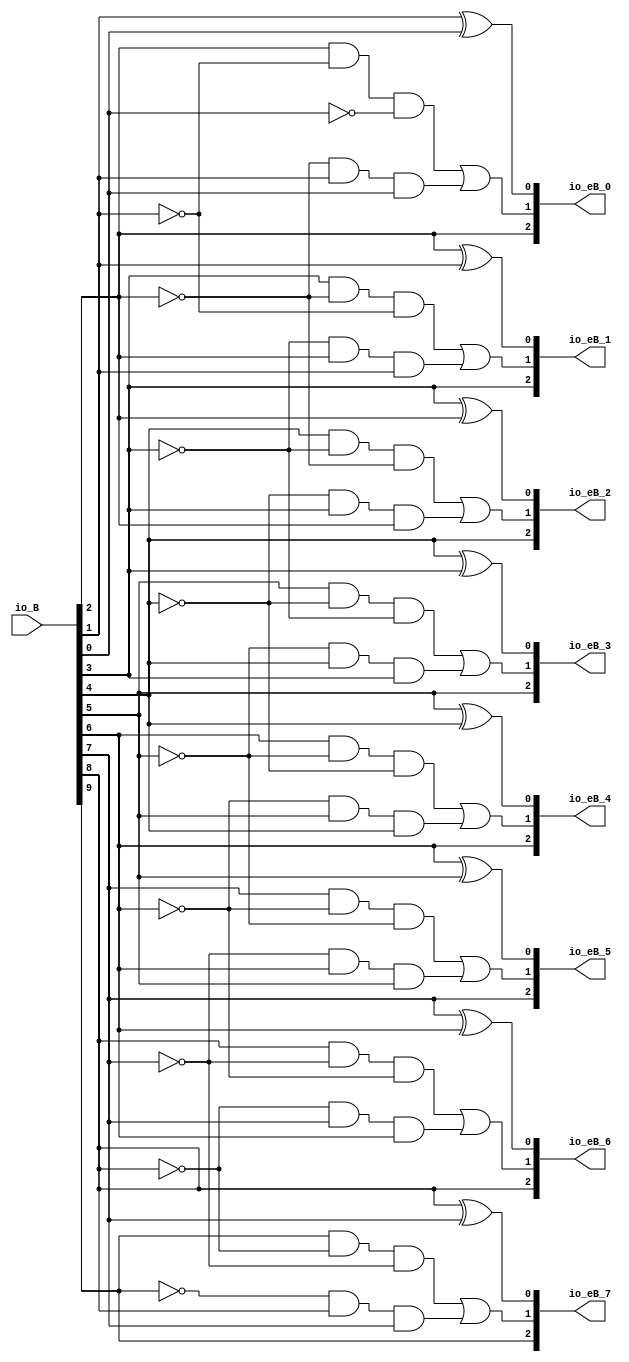
module BoothEncoder_radix4( // @[:@3.2]
  output [2:0]  io_eB_0, // @[:@6.4]
  output [2:0]  io_eB_1, // @[:@6.4]
  output [2:0]  io_eB_2, // @[:@6.4]
  output [2:0]  io_eB_3, // @[:@6.4]
  output [2:0]  io_eB_4, // @[:@6.4]
  output [2:0]  io_eB_5, // @[:@6.4]
  output [2:0]  io_eB_6, // @[:@6.4]
  output [2:0]  io_eB_7, // @[:@6.4]
  input  [15:0] io_B // @[:@6.4]
);
  wire  _T_33; // @[RA_Mul.scala 35:28:@8.4]
  wire  _T_34; // @[RA_Mul.scala 35:28:@9.4]
  wire  _T_35; // @[RA_Mul.scala 35:28:@10.4]
  wire  _T_36; // @[RA_Mul.scala 35:28:@11.4]
  wire  _T_37; // @[RA_Mul.scala 35:28:@12.4]
  wire  _T_38; // @[RA_Mul.scala 35:28:@13.4]
  wire  _T_39; // @[RA_Mul.scala 35:28:@14.4]
  wire  _T_40; // @[RA_Mul.scala 35:28:@15.4]
  wire  _T_41; // @[RA_Mul.scala 35:28:@16.4]
  wire  _T_42; // @[RA_Mul.scala 35:28:@17.4]
  wire  _T_43; // @[RA_Mul.scala 35:28:@18.4]
  wire  _T_44; // @[RA_Mul.scala 35:28:@19.4]
  wire  _T_45; // @[RA_Mul.scala 35:28:@20.4]
  wire  _T_46; // @[RA_Mul.scala 35:28:@21.4]
  wire  _T_47; // @[RA_Mul.scala 35:28:@22.4]
  wire  _T_48; // @[RA_Mul.scala 35:28:@23.4]
  wire [1:0] _T_74; // @[RA_Mul.scala 35:51:@42.4]
  wire [1:0] _T_75; // @[RA_Mul.scala 35:51:@43.4]
  wire [3:0] _T_76; // @[RA_Mul.scala 35:51:@44.4]
  wire [1:0] _T_77; // @[RA_Mul.scala 35:51:@45.4]
  wire [1:0] _T_78; // @[RA_Mul.scala 35:51:@46.4]
  wire [3:0] _T_79; // @[RA_Mul.scala 35:51:@47.4]
  wire [7:0] _T_80; // @[RA_Mul.scala 35:51:@48.4]
  wire [1:0] _T_81; // @[RA_Mul.scala 35:51:@49.4]
  wire [1:0] _T_82; // @[RA_Mul.scala 35:51:@50.4]
  wire [3:0] _T_83; // @[RA_Mul.scala 35:51:@51.4]
  wire [1:0] _T_84; // @[RA_Mul.scala 35:51:@52.4]
  wire [1:0] _T_85; // @[RA_Mul.scala 35:51:@53.4]
  wire [2:0] _T_86; // @[RA_Mul.scala 35:51:@54.4]
  wire [4:0] _T_87; // @[RA_Mul.scala 35:51:@55.4]
  wire [8:0] _T_88; // @[RA_Mul.scala 35:51:@56.4]
  wire [16:0] B_ext; // @[RA_Mul.scala 35:51:@57.4]
  wire  _T_98; // @[RA_Mul.scala 39:24:@59.4]
  wire  _T_99; // @[RA_Mul.scala 39:37:@60.4]
  wire  _T_100; // @[RA_Mul.scala 39:30:@61.4]
  wire  _T_101; // @[RA_Mul.scala 40:25:@63.4]
  wire  _T_103; // @[RA_Mul.scala 40:36:@65.4]
  wire  _T_104; // @[RA_Mul.scala 40:33:@66.4]
  wire  _T_106; // @[RA_Mul.scala 40:54:@68.4]
  wire  _T_107; // @[RA_Mul.scala 40:51:@69.4]
  wire  _T_109; // @[RA_Mul.scala 40:70:@71.4]
  wire  _T_111; // @[RA_Mul.scala 40:85:@73.4]
  wire  _T_113; // @[RA_Mul.scala 40:100:@75.4]
  wire  _T_114; // @[RA_Mul.scala 40:66:@76.4]
  wire [1:0] _T_116; // @[RA_Mul.scala 42:25:@80.4]
  wire  _T_129; // @[RA_Mul.scala 39:30:@86.4]
  wire  _T_130; // @[RA_Mul.scala 40:25:@88.4]
  wire  _T_133; // @[RA_Mul.scala 40:33:@91.4]
  wire  _T_136; // @[RA_Mul.scala 40:51:@94.4]
  wire  _T_138; // @[RA_Mul.scala 40:70:@96.4]
  wire  _T_140; // @[RA_Mul.scala 40:85:@98.4]
  wire  _T_142; // @[RA_Mul.scala 40:100:@100.4]
  wire  _T_143; // @[RA_Mul.scala 40:66:@101.4]
  wire [1:0] _T_145; // @[RA_Mul.scala 42:25:@105.4]
  wire  _T_158; // @[RA_Mul.scala 39:30:@111.4]
  wire  _T_159; // @[RA_Mul.scala 40:25:@113.4]
  wire  _T_162; // @[RA_Mul.scala 40:33:@116.4]
  wire  _T_165; // @[RA_Mul.scala 40:51:@119.4]
  wire  _T_167; // @[RA_Mul.scala 40:70:@121.4]
  wire  _T_169; // @[RA_Mul.scala 40:85:@123.4]
  wire  _T_171; // @[RA_Mul.scala 40:100:@125.4]
  wire  _T_172; // @[RA_Mul.scala 40:66:@126.4]
  wire [1:0] _T_174; // @[RA_Mul.scala 42:25:@130.4]
  wire  _T_187; // @[RA_Mul.scala 39:30:@136.4]
  wire  _T_188; // @[RA_Mul.scala 40:25:@138.4]
  wire  _T_191; // @[RA_Mul.scala 40:33:@141.4]
  wire  _T_194; // @[RA_Mul.scala 40:51:@144.4]
  wire  _T_196; // @[RA_Mul.scala 40:70:@146.4]
  wire  _T_198; // @[RA_Mul.scala 40:85:@148.4]
  wire  _T_200; // @[RA_Mul.scala 40:100:@150.4]
  wire  _T_201; // @[RA_Mul.scala 40:66:@151.4]
  wire [1:0] _T_203; // @[RA_Mul.scala 42:25:@155.4]
  wire  _T_216; // @[RA_Mul.scala 39:30:@161.4]
  wire  _T_217; // @[RA_Mul.scala 40:25:@163.4]
  wire  _T_220; // @[RA_Mul.scala 40:33:@166.4]
  wire  _T_223; // @[RA_Mul.scala 40:51:@169.4]
  wire  _T_225; // @[RA_Mul.scala 40:70:@171.4]
  wire  _T_227; // @[RA_Mul.scala 40:85:@173.4]
  wire  _T_229; // @[RA_Mul.scala 40:100:@175.4]
  wire  _T_230; // @[RA_Mul.scala 40:66:@176.4]
  wire [1:0] _T_232; // @[RA_Mul.scala 42:25:@180.4]
  wire  _T_245; // @[RA_Mul.scala 39:30:@186.4]
  wire  _T_246; // @[RA_Mul.scala 40:25:@188.4]
  wire  _T_249; // @[RA_Mul.scala 40:33:@191.4]
  wire  _T_252; // @[RA_Mul.scala 40:51:@194.4]
  wire  _T_254; // @[RA_Mul.scala 40:70:@196.4]
  wire  _T_256; // @[RA_Mul.scala 40:85:@198.4]
  wire  _T_258; // @[RA_Mul.scala 40:100:@200.4]
  wire  _T_259; // @[RA_Mul.scala 40:66:@201.4]
  wire [1:0] _T_261; // @[RA_Mul.scala 42:25:@205.4]
  wire  _T_274; // @[RA_Mul.scala 39:30:@211.4]
  wire  _T_275; // @[RA_Mul.scala 40:25:@213.4]
  wire  _T_278; // @[RA_Mul.scala 40:33:@216.4]
  wire  _T_281; // @[RA_Mul.scala 40:51:@219.4]
  wire  _T_283; // @[RA_Mul.scala 40:70:@221.4]
  wire  _T_285; // @[RA_Mul.scala 40:85:@223.4]
  wire  _T_287; // @[RA_Mul.scala 40:100:@225.4]
  wire  _T_288; // @[RA_Mul.scala 40:66:@226.4]
  wire [1:0] _T_290; // @[RA_Mul.scala 42:25:@230.4]
  wire  _T_303; // @[RA_Mul.scala 39:30:@236.4]
  wire  _T_304; // @[RA_Mul.scala 40:25:@238.4]
  wire  _T_307; // @[RA_Mul.scala 40:33:@241.4]
  wire  _T_310; // @[RA_Mul.scala 40:51:@244.4]
  wire  _T_312; // @[RA_Mul.scala 40:70:@246.4]
  wire  _T_314; // @[RA_Mul.scala 40:85:@248.4]
  wire  _T_316; // @[RA_Mul.scala 40:100:@250.4]
  wire  _T_317; // @[RA_Mul.scala 40:66:@251.4]
  wire [1:0] _T_319; // @[RA_Mul.scala 42:25:@255.4]
  assign _T_33 = io_B[0]; // @[RA_Mul.scala 35:28:@8.4]
  assign _T_34 = io_B[1]; // @[RA_Mul.scala 35:28:@9.4]
  assign _T_35 = io_B[2]; // @[RA_Mul.scala 35:28:@10.4]
  assign _T_36 = io_B[3]; // @[RA_Mul.scala 35:28:@11.4]
  assign _T_37 = io_B[4]; // @[RA_Mul.scala 35:28:@12.4]
  assign _T_38 = io_B[5]; // @[RA_Mul.scala 35:28:@13.4]
  assign _T_39 = io_B[6]; // @[RA_Mul.scala 35:28:@14.4]
  assign _T_40 = io_B[7]; // @[RA_Mul.scala 35:28:@15.4]
  assign _T_41 = io_B[8]; // @[RA_Mul.scala 35:28:@16.4]
  assign _T_42 = io_B[9]; // @[RA_Mul.scala 35:28:@17.4]
  assign _T_43 = io_B[10]; // @[RA_Mul.scala 35:28:@18.4]
  assign _T_44 = io_B[11]; // @[RA_Mul.scala 35:28:@19.4]
  assign _T_45 = io_B[12]; // @[RA_Mul.scala 35:28:@20.4]
  assign _T_46 = io_B[13]; // @[RA_Mul.scala 35:28:@21.4]
  assign _T_47 = io_B[14]; // @[RA_Mul.scala 35:28:@22.4]
  assign _T_48 = io_B[15]; // @[RA_Mul.scala 35:28:@23.4]
  assign _T_74 = {_T_34,_T_33}; // @[RA_Mul.scala 35:51:@42.4]
  assign _T_75 = {_T_36,_T_35}; // @[RA_Mul.scala 35:51:@43.4]
  assign _T_76 = {_T_75,_T_74}; // @[RA_Mul.scala 35:51:@44.4]
  assign _T_77 = {_T_38,_T_37}; // @[RA_Mul.scala 35:51:@45.4]
  assign _T_78 = {_T_40,_T_39}; // @[RA_Mul.scala 35:51:@46.4]
  assign _T_79 = {_T_78,_T_77}; // @[RA_Mul.scala 35:51:@47.4]
  assign _T_80 = {_T_79,_T_76}; // @[RA_Mul.scala 35:51:@48.4]
  assign _T_81 = {_T_42,_T_41}; // @[RA_Mul.scala 35:51:@49.4]
  assign _T_82 = {_T_44,_T_43}; // @[RA_Mul.scala 35:51:@50.4]
  assign _T_83 = {_T_82,_T_81}; // @[RA_Mul.scala 35:51:@51.4]
  assign _T_84 = {_T_46,_T_45}; // @[RA_Mul.scala 35:51:@52.4]
  assign _T_85 = {1'h0,_T_48}; // @[RA_Mul.scala 35:51:@53.4]
  assign _T_86 = {_T_85,_T_47}; // @[RA_Mul.scala 35:51:@54.4]
  assign _T_87 = {_T_86,_T_84}; // @[RA_Mul.scala 35:51:@55.4]
  assign _T_88 = {_T_87,_T_83}; // @[RA_Mul.scala 35:51:@56.4]
  assign B_ext = {_T_88,_T_80}; // @[RA_Mul.scala 35:51:@57.4]
  assign _T_98 = B_ext[1]; // @[RA_Mul.scala 39:24:@59.4]
  assign _T_99 = B_ext[0]; // @[RA_Mul.scala 39:37:@60.4]
  assign _T_100 = _T_98 ^ _T_99; // @[RA_Mul.scala 39:30:@61.4]
  assign _T_101 = B_ext[2]; // @[RA_Mul.scala 40:25:@63.4]
  assign _T_103 = ~ _T_98; // @[RA_Mul.scala 40:36:@65.4]
  assign _T_104 = _T_101 & _T_103; // @[RA_Mul.scala 40:33:@66.4]
  assign _T_106 = ~ _T_99; // @[RA_Mul.scala 40:54:@68.4]
  assign _T_107 = _T_104 & _T_106; // @[RA_Mul.scala 40:51:@69.4]
  assign _T_109 = ~ _T_101; // @[RA_Mul.scala 40:70:@71.4]
  assign _T_111 = _T_109 & _T_98; // @[RA_Mul.scala 40:85:@73.4]
  assign _T_113 = _T_111 & _T_99; // @[RA_Mul.scala 40:100:@75.4]
  assign _T_114 = _T_107 | _T_113; // @[RA_Mul.scala 40:66:@76.4]
  assign _T_116 = {_T_101,_T_114}; // @[RA_Mul.scala 42:25:@80.4]
  assign _T_129 = _T_101 ^ _T_98; // @[RA_Mul.scala 39:30:@86.4]
  assign _T_130 = B_ext[3]; // @[RA_Mul.scala 40:25:@88.4]
  assign _T_133 = _T_130 & _T_109; // @[RA_Mul.scala 40:33:@91.4]
  assign _T_136 = _T_133 & _T_103; // @[RA_Mul.scala 40:51:@94.4]
  assign _T_138 = ~ _T_130; // @[RA_Mul.scala 40:70:@96.4]
  assign _T_140 = _T_138 & _T_101; // @[RA_Mul.scala 40:85:@98.4]
  assign _T_142 = _T_140 & _T_98; // @[RA_Mul.scala 40:100:@100.4]
  assign _T_143 = _T_136 | _T_142; // @[RA_Mul.scala 40:66:@101.4]
  assign _T_145 = {_T_130,_T_143}; // @[RA_Mul.scala 42:25:@105.4]
  assign _T_158 = _T_130 ^ _T_101; // @[RA_Mul.scala 39:30:@111.4]
  assign _T_159 = B_ext[4]; // @[RA_Mul.scala 40:25:@113.4]
  assign _T_162 = _T_159 & _T_138; // @[RA_Mul.scala 40:33:@116.4]
  assign _T_165 = _T_162 & _T_109; // @[RA_Mul.scala 40:51:@119.4]
  assign _T_167 = ~ _T_159; // @[RA_Mul.scala 40:70:@121.4]
  assign _T_169 = _T_167 & _T_130; // @[RA_Mul.scala 40:85:@123.4]
  assign _T_171 = _T_169 & _T_101; // @[RA_Mul.scala 40:100:@125.4]
  assign _T_172 = _T_165 | _T_171; // @[RA_Mul.scala 40:66:@126.4]
  assign _T_174 = {_T_159,_T_172}; // @[RA_Mul.scala 42:25:@130.4]
  assign _T_187 = _T_159 ^ _T_130; // @[RA_Mul.scala 39:30:@136.4]
  assign _T_188 = B_ext[5]; // @[RA_Mul.scala 40:25:@138.4]
  assign _T_191 = _T_188 & _T_167; // @[RA_Mul.scala 40:33:@141.4]
  assign _T_194 = _T_191 & _T_138; // @[RA_Mul.scala 40:51:@144.4]
  assign _T_196 = ~ _T_188; // @[RA_Mul.scala 40:70:@146.4]
  assign _T_198 = _T_196 & _T_159; // @[RA_Mul.scala 40:85:@148.4]
  assign _T_200 = _T_198 & _T_130; // @[RA_Mul.scala 40:100:@150.4]
  assign _T_201 = _T_194 | _T_200; // @[RA_Mul.scala 40:66:@151.4]
  assign _T_203 = {_T_188,_T_201}; // @[RA_Mul.scala 42:25:@155.4]
  assign _T_216 = _T_188 ^ _T_159; // @[RA_Mul.scala 39:30:@161.4]
  assign _T_217 = B_ext[6]; // @[RA_Mul.scala 40:25:@163.4]
  assign _T_220 = _T_217 & _T_196; // @[RA_Mul.scala 40:33:@166.4]
  assign _T_223 = _T_220 & _T_167; // @[RA_Mul.scala 40:51:@169.4]
  assign _T_225 = ~ _T_217; // @[RA_Mul.scala 40:70:@171.4]
  assign _T_227 = _T_225 & _T_188; // @[RA_Mul.scala 40:85:@173.4]
  assign _T_229 = _T_227 & _T_159; // @[RA_Mul.scala 40:100:@175.4]
  assign _T_230 = _T_223 | _T_229; // @[RA_Mul.scala 40:66:@176.4]
  assign _T_232 = {_T_217,_T_230}; // @[RA_Mul.scala 42:25:@180.4]
  assign _T_245 = _T_217 ^ _T_188; // @[RA_Mul.scala 39:30:@186.4]
  assign _T_246 = B_ext[7]; // @[RA_Mul.scala 40:25:@188.4]
  assign _T_249 = _T_246 & _T_225; // @[RA_Mul.scala 40:33:@191.4]
  assign _T_252 = _T_249 & _T_196; // @[RA_Mul.scala 40:51:@194.4]
  assign _T_254 = ~ _T_246; // @[RA_Mul.scala 40:70:@196.4]
  assign _T_256 = _T_254 & _T_217; // @[RA_Mul.scala 40:85:@198.4]
  assign _T_258 = _T_256 & _T_188; // @[RA_Mul.scala 40:100:@200.4]
  assign _T_259 = _T_252 | _T_258; // @[RA_Mul.scala 40:66:@201.4]
  assign _T_261 = {_T_246,_T_259}; // @[RA_Mul.scala 42:25:@205.4]
  assign _T_274 = _T_246 ^ _T_217; // @[RA_Mul.scala 39:30:@211.4]
  assign _T_275 = B_ext[8]; // @[RA_Mul.scala 40:25:@213.4]
  assign _T_278 = _T_275 & _T_254; // @[RA_Mul.scala 40:33:@216.4]
  assign _T_281 = _T_278 & _T_225; // @[RA_Mul.scala 40:51:@219.4]
  assign _T_283 = ~ _T_275; // @[RA_Mul.scala 40:70:@221.4]
  assign _T_285 = _T_283 & _T_246; // @[RA_Mul.scala 40:85:@223.4]
  assign _T_287 = _T_285 & _T_217; // @[RA_Mul.scala 40:100:@225.4]
  assign _T_288 = _T_281 | _T_287; // @[RA_Mul.scala 40:66:@226.4]
  assign _T_290 = {_T_275,_T_288}; // @[RA_Mul.scala 42:25:@230.4]
  assign _T_303 = _T_275 ^ _T_246; // @[RA_Mul.scala 39:30:@236.4]
  assign _T_304 = B_ext[9]; // @[RA_Mul.scala 40:25:@238.4]
  assign _T_307 = _T_304 & _T_283; // @[RA_Mul.scala 40:33:@241.4]
  assign _T_310 = _T_307 & _T_254; // @[RA_Mul.scala 40:51:@244.4]
  assign _T_312 = ~ _T_304; // @[RA_Mul.scala 40:70:@246.4]
  assign _T_314 = _T_312 & _T_275; // @[RA_Mul.scala 40:85:@248.4]
  assign _T_316 = _T_314 & _T_246; // @[RA_Mul.scala 40:100:@250.4]
  assign _T_317 = _T_310 | _T_316; // @[RA_Mul.scala 40:66:@251.4]
  assign _T_319 = {_T_304,_T_317}; // @[RA_Mul.scala 42:25:@255.4]
  assign io_eB_0 = {_T_116,_T_100}; // @[RA_Mul.scala 42:15:@82.4]
  assign io_eB_1 = {_T_145,_T_129}; // @[RA_Mul.scala 42:15:@107.4]
  assign io_eB_2 = {_T_174,_T_158}; // @[RA_Mul.scala 42:15:@132.4]
  assign io_eB_3 = {_T_203,_T_187}; // @[RA_Mul.scala 42:15:@157.4]
  assign io_eB_4 = {_T_232,_T_216}; // @[RA_Mul.scala 42:15:@182.4]
  assign io_eB_5 = {_T_261,_T_245}; // @[RA_Mul.scala 42:15:@207.4]
  assign io_eB_6 = {_T_290,_T_274}; // @[RA_Mul.scala 42:15:@232.4]
  assign io_eB_7 = {_T_319,_T_303}; // @[RA_Mul.scala 42:15:@257.4]
endmodule
module PPGen( // @[:@259.2]
  output [15:0] io_PP_0, // @[:@262.4]
  output [15:0] io_PP_1, // @[:@262.4]
  output [15:0] io_PP_2, // @[:@262.4]
  output [15:0] io_PP_3, // @[:@262.4]
  output [15:0] io_PP_4, // @[:@262.4]
  output [15:0] io_PP_5, // @[:@262.4]
  output [15:0] io_PP_6, // @[:@262.4]
  output [15:0] io_PP_7, // @[:@262.4]
  output [7:0]  io_SC, // @[:@262.4]
  output [7:0]  io_S, // @[:@262.4]
  input  [2:0]  io_eB_0, // @[:@262.4]
  input  [2:0]  io_eB_1, // @[:@262.4]
  input  [2:0]  io_eB_2, // @[:@262.4]
  input  [2:0]  io_eB_3, // @[:@262.4]
  input  [2:0]  io_eB_4, // @[:@262.4]
  input  [2:0]  io_eB_5, // @[:@262.4]
  input  [2:0]  io_eB_6, // @[:@262.4]
  input  [2:0]  io_eB_7, // @[:@262.4]
  input  [15:0] io_A // @[:@262.4]
);
  wire  _T_93; // @[RA_Mul.scala 62:19:@267.4]
  wire  _T_95; // @[RA_Mul.scala 62:44:@268.4]
  wire  _T_96; // @[RA_Mul.scala 62:32:@269.4]
  wire  _T_99; // @[RA_Mul.scala 64:25:@274.6]
  wire  _T_101; // @[RA_Mul.scala 66:25:@279.8]
  wire [16:0] _GEN_40; // @[RA_Mul.scala 67:25:@281.10]
  wire [16:0] _T_102; // @[RA_Mul.scala 67:25:@281.10]
  wire [15:0] _T_103; // @[RA_Mul.scala 67:30:@282.10]
  wire  _T_105; // @[RA_Mul.scala 68:25:@286.10]
  wire [15:0] _T_106; // @[RA_Mul.scala 69:19:@288.12]
  wire  _T_108; // @[RA_Mul.scala 70:25:@292.12]
  wire [15:0] _T_111; // @[RA_Mul.scala 71:19:@296.14]
  wire [15:0] _GEN_0; // @[RA_Mul.scala 70:38:@293.12]
  wire [15:0] _GEN_1; // @[RA_Mul.scala 68:39:@287.10]
  wire [15:0] _GEN_2; // @[RA_Mul.scala 66:39:@280.8]
  wire [15:0] _GEN_3; // @[RA_Mul.scala 64:39:@275.6]
  wire  S_v_0; // @[RA_Mul.scala 76:23:@302.4]
  wire  _T_115; // @[RA_Mul.scala 77:36:@305.4]
  wire  _T_116; // @[RA_Mul.scala 77:30:@306.4]
  wire  SC_v_0; // @[RA_Mul.scala 77:16:@307.4]
  wire  _T_119; // @[RA_Mul.scala 62:19:@309.4]
  wire  _T_121; // @[RA_Mul.scala 62:44:@310.4]
  wire  _T_122; // @[RA_Mul.scala 62:32:@311.4]
  wire  _T_125; // @[RA_Mul.scala 64:25:@316.6]
  wire  _T_127; // @[RA_Mul.scala 66:25:@321.8]
  wire  _T_131; // @[RA_Mul.scala 68:25:@328.10]
  wire  _T_134; // @[RA_Mul.scala 70:25:@334.12]
  wire [15:0] _GEN_5; // @[RA_Mul.scala 70:38:@335.12]
  wire [15:0] _GEN_6; // @[RA_Mul.scala 68:39:@329.10]
  wire [15:0] _GEN_7; // @[RA_Mul.scala 66:39:@322.8]
  wire [15:0] _GEN_8; // @[RA_Mul.scala 64:39:@317.6]
  wire  S_v_1; // @[RA_Mul.scala 76:23:@344.4]
  wire  _T_142; // @[RA_Mul.scala 77:30:@348.4]
  wire  SC_v_1; // @[RA_Mul.scala 77:16:@349.4]
  wire  _T_145; // @[RA_Mul.scala 62:19:@351.4]
  wire  _T_147; // @[RA_Mul.scala 62:44:@352.4]
  wire  _T_148; // @[RA_Mul.scala 62:32:@353.4]
  wire  _T_151; // @[RA_Mul.scala 64:25:@358.6]
  wire  _T_153; // @[RA_Mul.scala 66:25:@363.8]
  wire  _T_157; // @[RA_Mul.scala 68:25:@370.10]
  wire  _T_160; // @[RA_Mul.scala 70:25:@376.12]
  wire [15:0] _GEN_10; // @[RA_Mul.scala 70:38:@377.12]
  wire [15:0] _GEN_11; // @[RA_Mul.scala 68:39:@371.10]
  wire [15:0] _GEN_12; // @[RA_Mul.scala 66:39:@364.8]
  wire [15:0] _GEN_13; // @[RA_Mul.scala 64:39:@359.6]
  wire  S_v_2; // @[RA_Mul.scala 76:23:@386.4]
  wire  _T_168; // @[RA_Mul.scala 77:30:@390.4]
  wire  SC_v_2; // @[RA_Mul.scala 77:16:@391.4]
  wire  _T_171; // @[RA_Mul.scala 62:19:@393.4]
  wire  _T_173; // @[RA_Mul.scala 62:44:@394.4]
  wire  _T_174; // @[RA_Mul.scala 62:32:@395.4]
  wire  _T_177; // @[RA_Mul.scala 64:25:@400.6]
  wire  _T_179; // @[RA_Mul.scala 66:25:@405.8]
  wire  _T_183; // @[RA_Mul.scala 68:25:@412.10]
  wire  _T_186; // @[RA_Mul.scala 70:25:@418.12]
  wire [15:0] _GEN_15; // @[RA_Mul.scala 70:38:@419.12]
  wire [15:0] _GEN_16; // @[RA_Mul.scala 68:39:@413.10]
  wire [15:0] _GEN_17; // @[RA_Mul.scala 66:39:@406.8]
  wire [15:0] _GEN_18; // @[RA_Mul.scala 64:39:@401.6]
  wire  S_v_3; // @[RA_Mul.scala 76:23:@428.4]
  wire  _T_194; // @[RA_Mul.scala 77:30:@432.4]
  wire  SC_v_3; // @[RA_Mul.scala 77:16:@433.4]
  wire  _T_197; // @[RA_Mul.scala 62:19:@435.4]
  wire  _T_199; // @[RA_Mul.scala 62:44:@436.4]
  wire  _T_200; // @[RA_Mul.scala 62:32:@437.4]
  wire  _T_203; // @[RA_Mul.scala 64:25:@442.6]
  wire  _T_205; // @[RA_Mul.scala 66:25:@447.8]
  wire  _T_209; // @[RA_Mul.scala 68:25:@454.10]
  wire  _T_212; // @[RA_Mul.scala 70:25:@460.12]
  wire [15:0] _GEN_20; // @[RA_Mul.scala 70:38:@461.12]
  wire [15:0] _GEN_21; // @[RA_Mul.scala 68:39:@455.10]
  wire [15:0] _GEN_22; // @[RA_Mul.scala 66:39:@448.8]
  wire [15:0] _GEN_23; // @[RA_Mul.scala 64:39:@443.6]
  wire  S_v_4; // @[RA_Mul.scala 76:23:@470.4]
  wire  _T_220; // @[RA_Mul.scala 77:30:@474.4]
  wire  SC_v_4; // @[RA_Mul.scala 77:16:@475.4]
  wire  _T_223; // @[RA_Mul.scala 62:19:@477.4]
  wire  _T_225; // @[RA_Mul.scala 62:44:@478.4]
  wire  _T_226; // @[RA_Mul.scala 62:32:@479.4]
  wire  _T_229; // @[RA_Mul.scala 64:25:@484.6]
  wire  _T_231; // @[RA_Mul.scala 66:25:@489.8]
  wire  _T_235; // @[RA_Mul.scala 68:25:@496.10]
  wire  _T_238; // @[RA_Mul.scala 70:25:@502.12]
  wire [15:0] _GEN_25; // @[RA_Mul.scala 70:38:@503.12]
  wire [15:0] _GEN_26; // @[RA_Mul.scala 68:39:@497.10]
  wire [15:0] _GEN_27; // @[RA_Mul.scala 66:39:@490.8]
  wire [15:0] _GEN_28; // @[RA_Mul.scala 64:39:@485.6]
  wire  S_v_5; // @[RA_Mul.scala 76:23:@512.4]
  wire  _T_246; // @[RA_Mul.scala 77:30:@516.4]
  wire  SC_v_5; // @[RA_Mul.scala 77:16:@517.4]
  wire  _T_249; // @[RA_Mul.scala 62:19:@519.4]
  wire  _T_251; // @[RA_Mul.scala 62:44:@520.4]
  wire  _T_252; // @[RA_Mul.scala 62:32:@521.4]
  wire  _T_255; // @[RA_Mul.scala 64:25:@526.6]
  wire  _T_257; // @[RA_Mul.scala 66:25:@531.8]
  wire  _T_261; // @[RA_Mul.scala 68:25:@538.10]
  wire  _T_264; // @[RA_Mul.scala 70:25:@544.12]
  wire [15:0] _GEN_30; // @[RA_Mul.scala 70:38:@545.12]
  wire [15:0] _GEN_31; // @[RA_Mul.scala 68:39:@539.10]
  wire [15:0] _GEN_32; // @[RA_Mul.scala 66:39:@532.8]
  wire [15:0] _GEN_33; // @[RA_Mul.scala 64:39:@527.6]
  wire  S_v_6; // @[RA_Mul.scala 76:23:@554.4]
  wire  _T_272; // @[RA_Mul.scala 77:30:@558.4]
  wire  SC_v_6; // @[RA_Mul.scala 77:16:@559.4]
  wire  _T_275; // @[RA_Mul.scala 62:19:@561.4]
  wire  _T_277; // @[RA_Mul.scala 62:44:@562.4]
  wire  _T_278; // @[RA_Mul.scala 62:32:@563.4]
  wire  _T_281; // @[RA_Mul.scala 64:25:@568.6]
  wire  _T_283; // @[RA_Mul.scala 66:25:@573.8]
  wire  _T_287; // @[RA_Mul.scala 68:25:@580.10]
  wire  _T_290; // @[RA_Mul.scala 70:25:@586.12]
  wire [15:0] _GEN_35; // @[RA_Mul.scala 70:38:@587.12]
  wire [15:0] _GEN_36; // @[RA_Mul.scala 68:39:@581.10]
  wire [15:0] _GEN_37; // @[RA_Mul.scala 66:39:@574.8]
  wire [15:0] _GEN_38; // @[RA_Mul.scala 64:39:@569.6]
  wire  S_v_7; // @[RA_Mul.scala 76:23:@596.4]
  wire  _T_298; // @[RA_Mul.scala 77:30:@600.4]
  wire  SC_v_7; // @[RA_Mul.scala 77:16:@601.4]
  wire [1:0] _T_300; // @[RA_Mul.scala 79:21:@603.4]
  wire [1:0] _T_301; // @[RA_Mul.scala 79:21:@604.4]
  wire [3:0] _T_302; // @[RA_Mul.scala 79:21:@605.4]
  wire [1:0] _T_303; // @[RA_Mul.scala 79:21:@606.4]
  wire [1:0] _T_304; // @[RA_Mul.scala 79:21:@607.4]
  wire [3:0] _T_305; // @[RA_Mul.scala 79:21:@608.4]
  wire [1:0] _T_307; // @[RA_Mul.scala 80:23:@611.4]
  wire [1:0] _T_308; // @[RA_Mul.scala 80:23:@612.4]
  wire [3:0] _T_309; // @[RA_Mul.scala 80:23:@613.4]
  wire [1:0] _T_310; // @[RA_Mul.scala 80:23:@614.4]
  wire [1:0] _T_311; // @[RA_Mul.scala 80:23:@615.4]
  wire [3:0] _T_312; // @[RA_Mul.scala 80:23:@616.4]
  assign _T_93 = io_eB_0 == 3'h0; // @[RA_Mul.scala 62:19:@267.4]
  assign _T_95 = io_eB_0 == 3'h4; // @[RA_Mul.scala 62:44:@268.4]
  assign _T_96 = _T_93 | _T_95; // @[RA_Mul.scala 62:32:@269.4]
  assign _T_99 = io_eB_0 == 3'h1; // @[RA_Mul.scala 64:25:@274.6]
  assign _T_101 = io_eB_0 == 3'h2; // @[RA_Mul.scala 66:25:@279.8]
  assign _GEN_40 = {{1'd0}, io_A}; // @[RA_Mul.scala 67:25:@281.10]
  assign _T_102 = _GEN_40 << 1; // @[RA_Mul.scala 67:25:@281.10]
  assign _T_103 = _T_102[15:0]; // @[RA_Mul.scala 67:30:@282.10]
  assign _T_105 = io_eB_0 == 3'h5; // @[RA_Mul.scala 68:25:@286.10]
  assign _T_106 = ~ io_A; // @[RA_Mul.scala 69:19:@288.12]
  assign _T_108 = io_eB_0 == 3'h6; // @[RA_Mul.scala 70:25:@292.12]
  assign _T_111 = ~ _T_103; // @[RA_Mul.scala 71:19:@296.14]
  assign _GEN_0 = _T_108 ? _T_111 : 16'h0; // @[RA_Mul.scala 70:38:@293.12]
  assign _GEN_1 = _T_105 ? _T_106 : _GEN_0; // @[RA_Mul.scala 68:39:@287.10]
  assign _GEN_2 = _T_101 ? _T_103 : _GEN_1; // @[RA_Mul.scala 66:39:@280.8]
  assign _GEN_3 = _T_99 ? io_A : _GEN_2; // @[RA_Mul.scala 64:39:@275.6]
  assign S_v_0 = io_eB_0[2]; // @[RA_Mul.scala 76:23:@302.4]
  assign _T_115 = io_A[15]; // @[RA_Mul.scala 77:36:@305.4]
  assign _T_116 = S_v_0 ^ _T_115; // @[RA_Mul.scala 77:30:@306.4]
  assign SC_v_0 = ~ _T_116; // @[RA_Mul.scala 77:16:@307.4]
  assign _T_119 = io_eB_1 == 3'h0; // @[RA_Mul.scala 62:19:@309.4]
  assign _T_121 = io_eB_1 == 3'h4; // @[RA_Mul.scala 62:44:@310.4]
  assign _T_122 = _T_119 | _T_121; // @[RA_Mul.scala 62:32:@311.4]
  assign _T_125 = io_eB_1 == 3'h1; // @[RA_Mul.scala 64:25:@316.6]
  assign _T_127 = io_eB_1 == 3'h2; // @[RA_Mul.scala 66:25:@321.8]
  assign _T_131 = io_eB_1 == 3'h5; // @[RA_Mul.scala 68:25:@328.10]
  assign _T_134 = io_eB_1 == 3'h6; // @[RA_Mul.scala 70:25:@334.12]
  assign _GEN_5 = _T_134 ? _T_111 : 16'h0; // @[RA_Mul.scala 70:38:@335.12]
  assign _GEN_6 = _T_131 ? _T_106 : _GEN_5; // @[RA_Mul.scala 68:39:@329.10]
  assign _GEN_7 = _T_127 ? _T_103 : _GEN_6; // @[RA_Mul.scala 66:39:@322.8]
  assign _GEN_8 = _T_125 ? io_A : _GEN_7; // @[RA_Mul.scala 64:39:@317.6]
  assign S_v_1 = io_eB_1[2]; // @[RA_Mul.scala 76:23:@344.4]
  assign _T_142 = S_v_1 ^ _T_115; // @[RA_Mul.scala 77:30:@348.4]
  assign SC_v_1 = ~ _T_142; // @[RA_Mul.scala 77:16:@349.4]
  assign _T_145 = io_eB_2 == 3'h0; // @[RA_Mul.scala 62:19:@351.4]
  assign _T_147 = io_eB_2 == 3'h4; // @[RA_Mul.scala 62:44:@352.4]
  assign _T_148 = _T_145 | _T_147; // @[RA_Mul.scala 62:32:@353.4]
  assign _T_151 = io_eB_2 == 3'h1; // @[RA_Mul.scala 64:25:@358.6]
  assign _T_153 = io_eB_2 == 3'h2; // @[RA_Mul.scala 66:25:@363.8]
  assign _T_157 = io_eB_2 == 3'h5; // @[RA_Mul.scala 68:25:@370.10]
  assign _T_160 = io_eB_2 == 3'h6; // @[RA_Mul.scala 70:25:@376.12]
  assign _GEN_10 = _T_160 ? _T_111 : 16'h0; // @[RA_Mul.scala 70:38:@377.12]
  assign _GEN_11 = _T_157 ? _T_106 : _GEN_10; // @[RA_Mul.scala 68:39:@371.10]
  assign _GEN_12 = _T_153 ? _T_103 : _GEN_11; // @[RA_Mul.scala 66:39:@364.8]
  assign _GEN_13 = _T_151 ? io_A : _GEN_12; // @[RA_Mul.scala 64:39:@359.6]
  assign S_v_2 = io_eB_2[2]; // @[RA_Mul.scala 76:23:@386.4]
  assign _T_168 = S_v_2 ^ _T_115; // @[RA_Mul.scala 77:30:@390.4]
  assign SC_v_2 = ~ _T_168; // @[RA_Mul.scala 77:16:@391.4]
  assign _T_171 = io_eB_3 == 3'h0; // @[RA_Mul.scala 62:19:@393.4]
  assign _T_173 = io_eB_3 == 3'h4; // @[RA_Mul.scala 62:44:@394.4]
  assign _T_174 = _T_171 | _T_173; // @[RA_Mul.scala 62:32:@395.4]
  assign _T_177 = io_eB_3 == 3'h1; // @[RA_Mul.scala 64:25:@400.6]
  assign _T_179 = io_eB_3 == 3'h2; // @[RA_Mul.scala 66:25:@405.8]
  assign _T_183 = io_eB_3 == 3'h5; // @[RA_Mul.scala 68:25:@412.10]
  assign _T_186 = io_eB_3 == 3'h6; // @[RA_Mul.scala 70:25:@418.12]
  assign _GEN_15 = _T_186 ? _T_111 : 16'h0; // @[RA_Mul.scala 70:38:@419.12]
  assign _GEN_16 = _T_183 ? _T_106 : _GEN_15; // @[RA_Mul.scala 68:39:@413.10]
  assign _GEN_17 = _T_179 ? _T_103 : _GEN_16; // @[RA_Mul.scala 66:39:@406.8]
  assign _GEN_18 = _T_177 ? io_A : _GEN_17; // @[RA_Mul.scala 64:39:@401.6]
  assign S_v_3 = io_eB_3[2]; // @[RA_Mul.scala 76:23:@428.4]
  assign _T_194 = S_v_3 ^ _T_115; // @[RA_Mul.scala 77:30:@432.4]
  assign SC_v_3 = ~ _T_194; // @[RA_Mul.scala 77:16:@433.4]
  assign _T_197 = io_eB_4 == 3'h0; // @[RA_Mul.scala 62:19:@435.4]
  assign _T_199 = io_eB_4 == 3'h4; // @[RA_Mul.scala 62:44:@436.4]
  assign _T_200 = _T_197 | _T_199; // @[RA_Mul.scala 62:32:@437.4]
  assign _T_203 = io_eB_4 == 3'h1; // @[RA_Mul.scala 64:25:@442.6]
  assign _T_205 = io_eB_4 == 3'h2; // @[RA_Mul.scala 66:25:@447.8]
  assign _T_209 = io_eB_4 == 3'h5; // @[RA_Mul.scala 68:25:@454.10]
  assign _T_212 = io_eB_4 == 3'h6; // @[RA_Mul.scala 70:25:@460.12]
  assign _GEN_20 = _T_212 ? _T_111 : 16'h0; // @[RA_Mul.scala 70:38:@461.12]
  assign _GEN_21 = _T_209 ? _T_106 : _GEN_20; // @[RA_Mul.scala 68:39:@455.10]
  assign _GEN_22 = _T_205 ? _T_103 : _GEN_21; // @[RA_Mul.scala 66:39:@448.8]
  assign _GEN_23 = _T_203 ? io_A : _GEN_22; // @[RA_Mul.scala 64:39:@443.6]
  assign S_v_4 = io_eB_4[2]; // @[RA_Mul.scala 76:23:@470.4]
  assign _T_220 = S_v_4 ^ _T_115; // @[RA_Mul.scala 77:30:@474.4]
  assign SC_v_4 = ~ _T_220; // @[RA_Mul.scala 77:16:@475.4]
  assign _T_223 = io_eB_5 == 3'h0; // @[RA_Mul.scala 62:19:@477.4]
  assign _T_225 = io_eB_5 == 3'h4; // @[RA_Mul.scala 62:44:@478.4]
  assign _T_226 = _T_223 | _T_225; // @[RA_Mul.scala 62:32:@479.4]
  assign _T_229 = io_eB_5 == 3'h1; // @[RA_Mul.scala 64:25:@484.6]
  assign _T_231 = io_eB_5 == 3'h2; // @[RA_Mul.scala 66:25:@489.8]
  assign _T_235 = io_eB_5 == 3'h5; // @[RA_Mul.scala 68:25:@496.10]
  assign _T_238 = io_eB_5 == 3'h6; // @[RA_Mul.scala 70:25:@502.12]
  assign _GEN_25 = _T_238 ? _T_111 : 16'h0; // @[RA_Mul.scala 70:38:@503.12]
  assign _GEN_26 = _T_235 ? _T_106 : _GEN_25; // @[RA_Mul.scala 68:39:@497.10]
  assign _GEN_27 = _T_231 ? _T_103 : _GEN_26; // @[RA_Mul.scala 66:39:@490.8]
  assign _GEN_28 = _T_229 ? io_A : _GEN_27; // @[RA_Mul.scala 64:39:@485.6]
  assign S_v_5 = io_eB_5[2]; // @[RA_Mul.scala 76:23:@512.4]
  assign _T_246 = S_v_5 ^ _T_115; // @[RA_Mul.scala 77:30:@516.4]
  assign SC_v_5 = ~ _T_246; // @[RA_Mul.scala 77:16:@517.4]
  assign _T_249 = io_eB_6 == 3'h0; // @[RA_Mul.scala 62:19:@519.4]
  assign _T_251 = io_eB_6 == 3'h4; // @[RA_Mul.scala 62:44:@520.4]
  assign _T_252 = _T_249 | _T_251; // @[RA_Mul.scala 62:32:@521.4]
  assign _T_255 = io_eB_6 == 3'h1; // @[RA_Mul.scala 64:25:@526.6]
  assign _T_257 = io_eB_6 == 3'h2; // @[RA_Mul.scala 66:25:@531.8]
  assign _T_261 = io_eB_6 == 3'h5; // @[RA_Mul.scala 68:25:@538.10]
  assign _T_264 = io_eB_6 == 3'h6; // @[RA_Mul.scala 70:25:@544.12]
  assign _GEN_30 = _T_264 ? _T_111 : 16'h0; // @[RA_Mul.scala 70:38:@545.12]
  assign _GEN_31 = _T_261 ? _T_106 : _GEN_30; // @[RA_Mul.scala 68:39:@539.10]
  assign _GEN_32 = _T_257 ? _T_103 : _GEN_31; // @[RA_Mul.scala 66:39:@532.8]
  assign _GEN_33 = _T_255 ? io_A : _GEN_32; // @[RA_Mul.scala 64:39:@527.6]
  assign S_v_6 = io_eB_6[2]; // @[RA_Mul.scala 76:23:@554.4]
  assign _T_272 = S_v_6 ^ _T_115; // @[RA_Mul.scala 77:30:@558.4]
  assign SC_v_6 = ~ _T_272; // @[RA_Mul.scala 77:16:@559.4]
  assign _T_275 = io_eB_7 == 3'h0; // @[RA_Mul.scala 62:19:@561.4]
  assign _T_277 = io_eB_7 == 3'h4; // @[RA_Mul.scala 62:44:@562.4]
  assign _T_278 = _T_275 | _T_277; // @[RA_Mul.scala 62:32:@563.4]
  assign _T_281 = io_eB_7 == 3'h1; // @[RA_Mul.scala 64:25:@568.6]
  assign _T_283 = io_eB_7 == 3'h2; // @[RA_Mul.scala 66:25:@573.8]
  assign _T_287 = io_eB_7 == 3'h5; // @[RA_Mul.scala 68:25:@580.10]
  assign _T_290 = io_eB_7 == 3'h6; // @[RA_Mul.scala 70:25:@586.12]
  assign _GEN_35 = _T_290 ? _T_111 : 16'h0; // @[RA_Mul.scala 70:38:@587.12]
  assign _GEN_36 = _T_287 ? _T_106 : _GEN_35; // @[RA_Mul.scala 68:39:@581.10]
  assign _GEN_37 = _T_283 ? _T_103 : _GEN_36; // @[RA_Mul.scala 66:39:@574.8]
  assign _GEN_38 = _T_281 ? io_A : _GEN_37; // @[RA_Mul.scala 64:39:@569.6]
  assign S_v_7 = io_eB_7[2]; // @[RA_Mul.scala 76:23:@596.4]
  assign _T_298 = S_v_7 ^ _T_115; // @[RA_Mul.scala 77:30:@600.4]
  assign SC_v_7 = ~ _T_298; // @[RA_Mul.scala 77:16:@601.4]
  assign _T_300 = {S_v_1,S_v_0}; // @[RA_Mul.scala 79:21:@603.4]
  assign _T_301 = {S_v_3,S_v_2}; // @[RA_Mul.scala 79:21:@604.4]
  assign _T_302 = {_T_301,_T_300}; // @[RA_Mul.scala 79:21:@605.4]
  assign _T_303 = {S_v_5,S_v_4}; // @[RA_Mul.scala 79:21:@606.4]
  assign _T_304 = {S_v_7,S_v_6}; // @[RA_Mul.scala 79:21:@607.4]
  assign _T_305 = {_T_304,_T_303}; // @[RA_Mul.scala 79:21:@608.4]
  assign _T_307 = {SC_v_1,SC_v_0}; // @[RA_Mul.scala 80:23:@611.4]
  assign _T_308 = {SC_v_3,SC_v_2}; // @[RA_Mul.scala 80:23:@612.4]
  assign _T_309 = {_T_308,_T_307}; // @[RA_Mul.scala 80:23:@613.4]
  assign _T_310 = {SC_v_5,SC_v_4}; // @[RA_Mul.scala 80:23:@614.4]
  assign _T_311 = {SC_v_7,SC_v_6}; // @[RA_Mul.scala 80:23:@615.4]
  assign _T_312 = {_T_311,_T_310}; // @[RA_Mul.scala 80:23:@616.4]
  assign io_PP_0 = _T_96 ? 16'h0 : _GEN_3; // @[RA_Mul.scala 63:16:@271.6 RA_Mul.scala 65:16:@276.8 RA_Mul.scala 67:16:@283.10 RA_Mul.scala 69:16:@289.12 RA_Mul.scala 71:16:@297.14 RA_Mul.scala 73:16:@300.14]
  assign io_PP_1 = _T_122 ? 16'h0 : _GEN_8; // @[RA_Mul.scala 63:16:@313.6 RA_Mul.scala 65:16:@318.8 RA_Mul.scala 67:16:@325.10 RA_Mul.scala 69:16:@331.12 RA_Mul.scala 71:16:@339.14 RA_Mul.scala 73:16:@342.14]
  assign io_PP_2 = _T_148 ? 16'h0 : _GEN_13; // @[RA_Mul.scala 63:16:@355.6 RA_Mul.scala 65:16:@360.8 RA_Mul.scala 67:16:@367.10 RA_Mul.scala 69:16:@373.12 RA_Mul.scala 71:16:@381.14 RA_Mul.scala 73:16:@384.14]
  assign io_PP_3 = _T_174 ? 16'h0 : _GEN_18; // @[RA_Mul.scala 63:16:@397.6 RA_Mul.scala 65:16:@402.8 RA_Mul.scala 67:16:@409.10 RA_Mul.scala 69:16:@415.12 RA_Mul.scala 71:16:@423.14 RA_Mul.scala 73:16:@426.14]
  assign io_PP_4 = _T_200 ? 16'h0 : _GEN_23; // @[RA_Mul.scala 63:16:@439.6 RA_Mul.scala 65:16:@444.8 RA_Mul.scala 67:16:@451.10 RA_Mul.scala 69:16:@457.12 RA_Mul.scala 71:16:@465.14 RA_Mul.scala 73:16:@468.14]
  assign io_PP_5 = _T_226 ? 16'h0 : _GEN_28; // @[RA_Mul.scala 63:16:@481.6 RA_Mul.scala 65:16:@486.8 RA_Mul.scala 67:16:@493.10 RA_Mul.scala 69:16:@499.12 RA_Mul.scala 71:16:@507.14 RA_Mul.scala 73:16:@510.14]
  assign io_PP_6 = _T_252 ? 16'h0 : _GEN_33; // @[RA_Mul.scala 63:16:@523.6 RA_Mul.scala 65:16:@528.8 RA_Mul.scala 67:16:@535.10 RA_Mul.scala 69:16:@541.12 RA_Mul.scala 71:16:@549.14 RA_Mul.scala 73:16:@552.14]
  assign io_PP_7 = _T_278 ? 16'h0 : _GEN_38; // @[RA_Mul.scala 63:16:@565.6 RA_Mul.scala 65:16:@570.8 RA_Mul.scala 67:16:@577.10 RA_Mul.scala 69:16:@583.12 RA_Mul.scala 71:16:@591.14 RA_Mul.scala 73:16:@594.14]
  assign io_SC = {_T_312,_T_309}; // @[RA_Mul.scala 80:9:@618.4]
  assign io_S = {_T_305,_T_302}; // @[RA_Mul.scala 79:8:@610.4]
endmodule
module RAMul( // @[:@620.2]
  input         clock, // @[:@621.4]
  input         reset, // @[:@622.4]
  output [15:0] io_PP_0, // @[:@623.4]
  output [15:0] io_PP_1, // @[:@623.4]
  output [15:0] io_PP_2, // @[:@623.4]
  output [15:0] io_PP_3, // @[:@623.4]
  output [15:0] io_PP_4, // @[:@623.4]
  output [15:0] io_PP_5, // @[:@623.4]
  output [15:0] io_PP_6, // @[:@623.4]
  output [15:0] io_PP_7, // @[:@623.4]
  output [15:0] io_SS, // @[:@623.4]
  output [7:0]  io_SC, // @[:@623.4]
  output [7:0]  io_S, // @[:@623.4]
  input  [15:0] io_B, // @[:@623.4]
  input  [15:0] io_A // @[:@623.4]
);
  wire [2:0] BoothEncoder_io_eB_0; // @[RA_Mul.scala 95:28:@625.4]
  wire [2:0] BoothEncoder_io_eB_1; // @[RA_Mul.scala 95:28:@625.4]
  wire [2:0] BoothEncoder_io_eB_2; // @[RA_Mul.scala 95:28:@625.4]
  wire [2:0] BoothEncoder_io_eB_3; // @[RA_Mul.scala 95:28:@625.4]
  wire [2:0] BoothEncoder_io_eB_4; // @[RA_Mul.scala 95:28:@625.4]
  wire [2:0] BoothEncoder_io_eB_5; // @[RA_Mul.scala 95:28:@625.4]
  wire [2:0] BoothEncoder_io_eB_6; // @[RA_Mul.scala 95:28:@625.4]
  wire [2:0] BoothEncoder_io_eB_7; // @[RA_Mul.scala 95:28:@625.4]
  wire [15:0] BoothEncoder_io_B; // @[RA_Mul.scala 95:28:@625.4]
  wire [15:0] PPGenerator_io_PP_0; // @[RA_Mul.scala 96:27:@628.4]
  wire [15:0] PPGenerator_io_PP_1; // @[RA_Mul.scala 96:27:@628.4]
  wire [15:0] PPGenerator_io_PP_2; // @[RA_Mul.scala 96:27:@628.4]
  wire [15:0] PPGenerator_io_PP_3; // @[RA_Mul.scala 96:27:@628.4]
  wire [15:0] PPGenerator_io_PP_4; // @[RA_Mul.scala 96:27:@628.4]
  wire [15:0] PPGenerator_io_PP_5; // @[RA_Mul.scala 96:27:@628.4]
  wire [15:0] PPGenerator_io_PP_6; // @[RA_Mul.scala 96:27:@628.4]
  wire [15:0] PPGenerator_io_PP_7; // @[RA_Mul.scala 96:27:@628.4]
  wire [7:0] PPGenerator_io_SC; // @[RA_Mul.scala 96:27:@628.4]
  wire [7:0] PPGenerator_io_S; // @[RA_Mul.scala 96:27:@628.4]
  wire [2:0] PPGenerator_io_eB_0; // @[RA_Mul.scala 96:27:@628.4]
  wire [2:0] PPGenerator_io_eB_1; // @[RA_Mul.scala 96:27:@628.4]
  wire [2:0] PPGenerator_io_eB_2; // @[RA_Mul.scala 96:27:@628.4]
  wire [2:0] PPGenerator_io_eB_3; // @[RA_Mul.scala 96:27:@628.4]
  wire [2:0] PPGenerator_io_eB_4; // @[RA_Mul.scala 96:27:@628.4]
  wire [2:0] PPGenerator_io_eB_5; // @[RA_Mul.scala 96:27:@628.4]
  wire [2:0] PPGenerator_io_eB_6; // @[RA_Mul.scala 96:27:@628.4]
  wire [2:0] PPGenerator_io_eB_7; // @[RA_Mul.scala 96:27:@628.4]
  wire [15:0] PPGenerator_io_A; // @[RA_Mul.scala 96:27:@628.4]
  BoothEncoder_radix4 BoothEncoder ( // @[RA_Mul.scala 95:28:@625.4]
    .io_eB_0(BoothEncoder_io_eB_0),
    .io_eB_1(BoothEncoder_io_eB_1),
    .io_eB_2(BoothEncoder_io_eB_2),
    .io_eB_3(BoothEncoder_io_eB_3),
    .io_eB_4(BoothEncoder_io_eB_4),
    .io_eB_5(BoothEncoder_io_eB_5),
    .io_eB_6(BoothEncoder_io_eB_6),
    .io_eB_7(BoothEncoder_io_eB_7),
    .io_B(BoothEncoder_io_B)
  );
  PPGen PPGenerator ( // @[RA_Mul.scala 96:27:@628.4]
    .io_PP_0(PPGenerator_io_PP_0),
    .io_PP_1(PPGenerator_io_PP_1),
    .io_PP_2(PPGenerator_io_PP_2),
    .io_PP_3(PPGenerator_io_PP_3),
    .io_PP_4(PPGenerator_io_PP_4),
    .io_PP_5(PPGenerator_io_PP_5),
    .io_PP_6(PPGenerator_io_PP_6),
    .io_PP_7(PPGenerator_io_PP_7),
    .io_SC(PPGenerator_io_SC),
    .io_S(PPGenerator_io_S),
    .io_eB_0(PPGenerator_io_eB_0),
    .io_eB_1(PPGenerator_io_eB_1),
    .io_eB_2(PPGenerator_io_eB_2),
    .io_eB_3(PPGenerator_io_eB_3),
    .io_eB_4(PPGenerator_io_eB_4),
    .io_eB_5(PPGenerator_io_eB_5),
    .io_eB_6(PPGenerator_io_eB_6),
    .io_eB_7(PPGenerator_io_eB_7),
    .io_A(PPGenerator_io_A)
  );
  assign io_PP_0 = PPGenerator_io_PP_0; // @[RA_Mul.scala 101:9:@641.4]
  assign io_PP_1 = PPGenerator_io_PP_1; // @[RA_Mul.scala 101:9:@642.4]
  assign io_PP_2 = PPGenerator_io_PP_2; // @[RA_Mul.scala 101:9:@643.4]
  assign io_PP_3 = PPGenerator_io_PP_3; // @[RA_Mul.scala 101:9:@644.4]
  assign io_PP_4 = PPGenerator_io_PP_4; // @[RA_Mul.scala 101:9:@645.4]
  assign io_PP_5 = PPGenerator_io_PP_5; // @[RA_Mul.scala 101:9:@646.4]
  assign io_PP_6 = PPGenerator_io_PP_6; // @[RA_Mul.scala 101:9:@647.4]
  assign io_PP_7 = PPGenerator_io_PP_7; // @[RA_Mul.scala 101:9:@648.4]
  assign io_SS = 16'haaab; // @[RA_Mul.scala 102:9:@649.4]
  assign io_SC = PPGenerator_io_SC; // @[RA_Mul.scala 103:9:@650.4]
  assign io_S = PPGenerator_io_S; // @[RA_Mul.scala 104:8:@651.4]
  assign BoothEncoder_io_B = io_B; // @[RA_Mul.scala 98:21:@631.4]
  assign PPGenerator_io_eB_0 = BoothEncoder_io_eB_0; // @[RA_Mul.scala 99:21:@632.4]
  assign PPGenerator_io_eB_1 = BoothEncoder_io_eB_1; // @[RA_Mul.scala 99:21:@633.4]
  assign PPGenerator_io_eB_2 = BoothEncoder_io_eB_2; // @[RA_Mul.scala 99:21:@634.4]
  assign PPGenerator_io_eB_3 = BoothEncoder_io_eB_3; // @[RA_Mul.scala 99:21:@635.4]
  assign PPGenerator_io_eB_4 = BoothEncoder_io_eB_4; // @[RA_Mul.scala 99:21:@636.4]
  assign PPGenerator_io_eB_5 = BoothEncoder_io_eB_5; // @[RA_Mul.scala 99:21:@637.4]
  assign PPGenerator_io_eB_6 = BoothEncoder_io_eB_6; // @[RA_Mul.scala 99:21:@638.4]
  assign PPGenerator_io_eB_7 = BoothEncoder_io_eB_7; // @[RA_Mul.scala 99:21:@639.4]
  assign PPGenerator_io_A = io_A; // @[RA_Mul.scala 100:20:@640.4]
endmodule